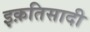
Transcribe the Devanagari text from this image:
इक़तिसादी